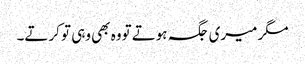
مگر میری جگہ ہوتے تووہ بھی وہی تو کرتے۔